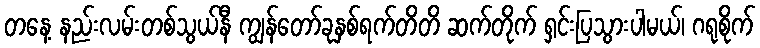
တနေ့ နည်းလမ်းတစ်သွယ်နီ ကျွန်တော်ခုနှစ်ရက်တိတိ ဆက်တိုက် ရှင်းပြသွားပါမယ်၊ ဂရုစိုက်